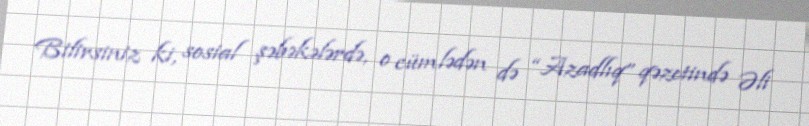
Bilirsiniz ki, sosial şəbəkələrdə, o cümlədən də “Azadlıq” qəzetində Əli